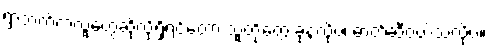
ရွာဘက်ကလူတွေဆိုလို့ရှိရင်တော့ သူတို့တွေ ခုနလိုပဲ၊ ဓာတ်ဆီဝယ်သလိုပဲ။